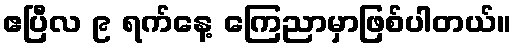
ဧပြီလ ၉ ရက်နေ့ ကြေညာမှာဖြစ်ပါတယ်။